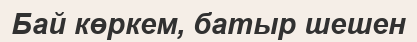
Бай көркем, батыр шешен